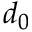
d _ { 0 }